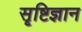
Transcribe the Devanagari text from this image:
सॄष्टिज्ञान